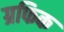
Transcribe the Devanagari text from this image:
ग्रफिक